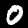
Digit: 0